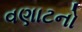
વણાટનો